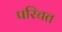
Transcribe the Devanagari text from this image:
परिचत